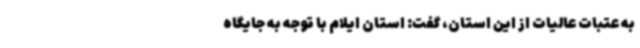
به عتبات عالیات از این استان، گفت: استان ایلام با توجه به جایگاه